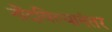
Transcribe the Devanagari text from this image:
नोंदविल्यानंतर